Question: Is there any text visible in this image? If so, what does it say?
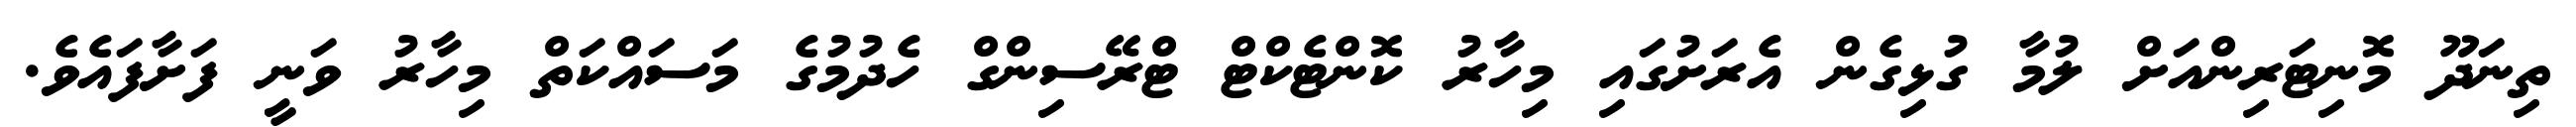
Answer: ތިނަދޫ މޮނިޓަރިންއަށް ލުމާ ގުޅިގެން އެރަށުގައި މިހާރު ކޮންޓެކްޓް ޓްރޭސިންގް ހެދުމުގެ މަސައްކަތް މިހާރު ވަނީ ފަށާފައެވެ.